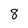
Character: 8